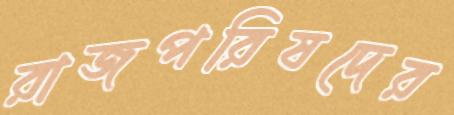
রাজপরিষদের